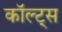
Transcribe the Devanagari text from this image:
कॉल्ट्स